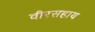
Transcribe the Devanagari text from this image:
वीरसहाय